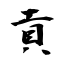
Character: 貢